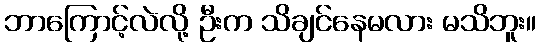
ဘာကြောင့်လဲလို့ ဦးက သိချင်နေမလား မသိဘူး။